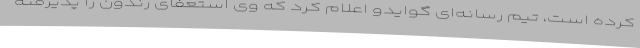
کرده است، تیم رسانه‌ای گوایدو اعلام کرد که وی استعفای رندون را پذیرفته